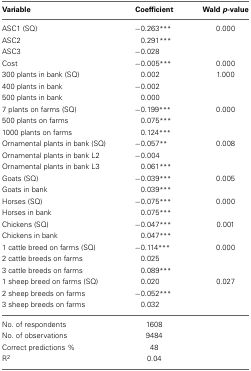
<table><thead><tr><td><b>Variable</b></td><td><b>Coefficient</b></td><td><b>Wald <i>p</i>-value</b></td></tr></thead><tbody><tr><td>ASC1 (SQ)</td><td>−0.263<sup>***</sup></td><td>0.000</td></tr><tr><td>ASC2</td><td>0.291<sup>***</sup></td><td></td></tr><tr><td>ASC3</td><td>−0.028</td><td></td></tr><tr><td>Cost</td><td>−0.005<sup>***</sup></td><td>0.000</td></tr><tr><td>300 plants in bank (SQ)</td><td>0.002</td><td>1.000</td></tr><tr><td>400 plants in bank</td><td>−0.002</td><td></td></tr><tr><td>500 plants in bank</td><td>0.000</td><td></td></tr><tr><td>7 plants on farms (SQ)</td><td>−0.199<sup>***</sup></td><td>0.000</td></tr><tr><td>500 plants on farms</td><td>0.075<sup>***</sup></td><td></td></tr><tr><td>1000 plants on farms</td><td>0.124<sup>***</sup></td><td></td></tr><tr><td>Ornamental plants in bank (SQ)</td><td>−0.057<sup>**</sup></td><td>0.008</td></tr><tr><td>Ornamental plants in bank L2</td><td>−0.004</td><td></td></tr><tr><td>Ornamental plants in bank L3</td><td>0.061<sup>***</sup></td><td></td></tr><tr><td>Goats (SQ)</td><td>−0.039<sup>***</sup></td><td>0.005</td></tr><tr><td>Goats in bank</td><td>0.039<sup>***</sup></td><td></td></tr><tr><td>Horses (SQ)</td><td>−0.075<sup>***</sup></td><td>0.000</td></tr><tr><td>Horses in bank</td><td>0.075<sup>***</sup></td><td></td></tr><tr><td>Chickens (SQ)</td><td>−0.047<sup>***</sup></td><td>0.001</td></tr><tr><td>Chickens in bank</td><td>0.047<sup>***</sup></td><td></td></tr><tr><td>1 cattle breed on farms (SQ)</td><td>−0.114<sup>***</sup></td><td>0.000</td></tr><tr><td>2 cattle breeds on farms</td><td>0.025</td><td></td></tr><tr><td>3 cattle breeds on farms</td><td>0.089<sup>***</sup></td><td></td></tr><tr><td>1 sheep breed on farms (SQ)</td><td>0.020</td><td>0.027</td></tr><tr><td>2 sheep breeds on farms</td><td>−0.052<sup>***</sup></td><td></td></tr><tr><td>3 sheep breeds on farms</td><td>0.032</td><td></td></tr><tr><td>No. of respondents</td><td>1608</td><td></td></tr><tr><td>No. of observations</td><td>9484</td><td></td></tr><tr><td>Correct predictions %</td><td>48</td><td></td></tr><tr><td>R<sup>2</sup></td><td>0.04</td><td></td></tr></tbody></table>